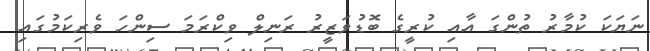
ނަޔަކަ ކުމާރު ތުންގަ އާއި ކުރީގެ ބޮޑުވަޒީރު ރަނިލް ވިކްރަމަ ސިންހަ ވެރިކަމުގައި